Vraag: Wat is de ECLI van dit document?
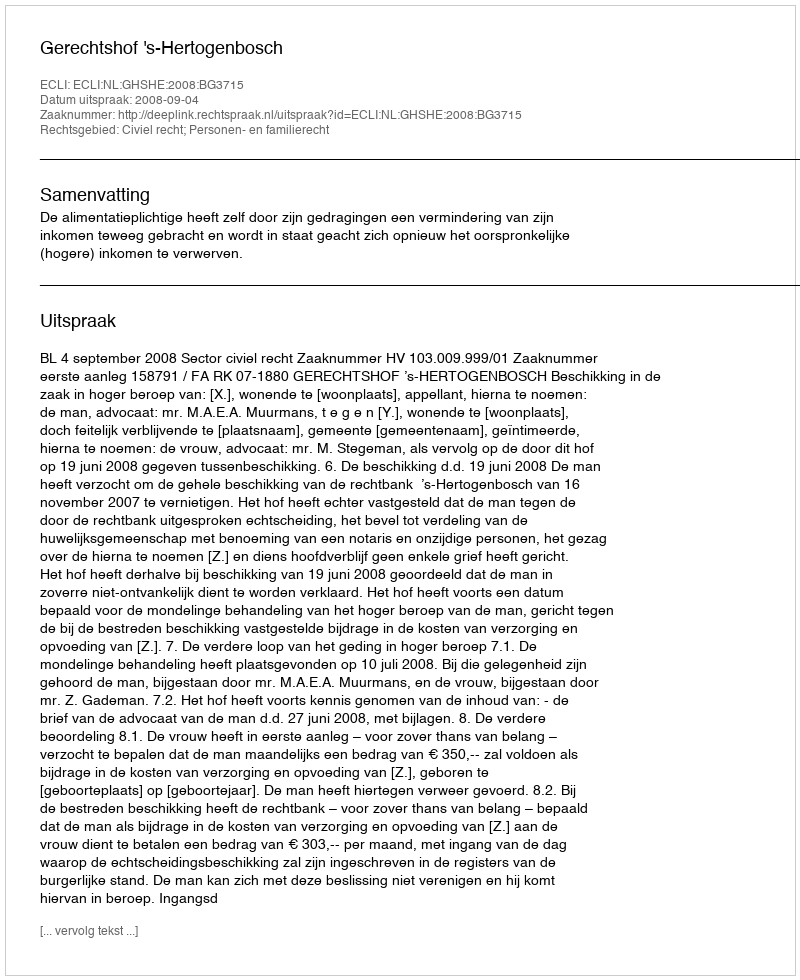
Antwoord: ECLI:NL:GHSHE:2008:BG3715